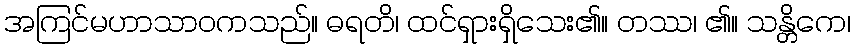
အကြင်မဟာသာဝကသည်။ ဓရတိ၊ ထင်ရှားရှိသေး၏။ တဿ၊ ၏။ သန္တိကေ၊